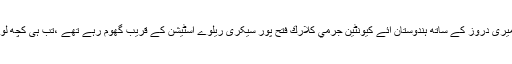
بتایا جاتا ہے کہ گزشتہ ماہ 30 ستمبر کو اپنی گرل فرینڈ میری دروز کے ساتھ ہندوستان آئے كيونٹين جرمي كلارك فتح پور سیکری ریلوے اسٹیشن کے قریب گھوم رہے تھے ،تب ہی کچھ لوگوں نے ان پر حملہ کر دیا جس میں دونوں زخمی ہو گئے۔